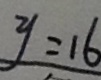
y = 1 6